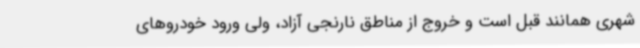
شهری همانند قبل است و خروج از مناطق نارنجی آزاد، ولی ورود خودروهای